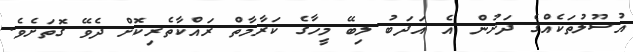
އުސޫލުތަކެއްގެ ދަށުން އެ އަދަބު ލިބޭ މީހާގެ ކަރާމާތް ރައްކާތެރިކޮށް ދެވޭ ގޮތަށެވެ.